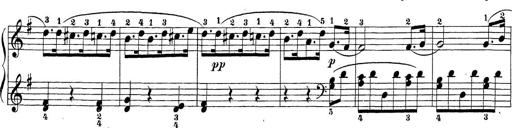
Title: Sonatina Album
Composer: Louis KÃ¶hler